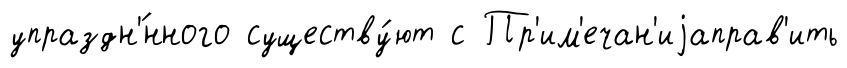
упраздн'́нного существу́ют с Пр'им'ечан'иjаправ'ить